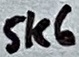
Text: 5K6